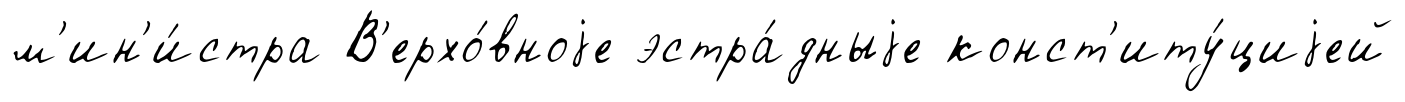
м'ин'и́стра В'ерхо́вноjе эстра́дныjе конст'иту́циjей